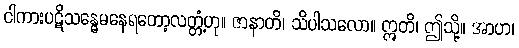
ငါကားပဋိသန္ဓေမနေရတော့လတ္တံ့ဟု။ ဇာနာတိ၊ သိပါသလော။ ဣတိ၊ ဤသို့။ အာဟ၊